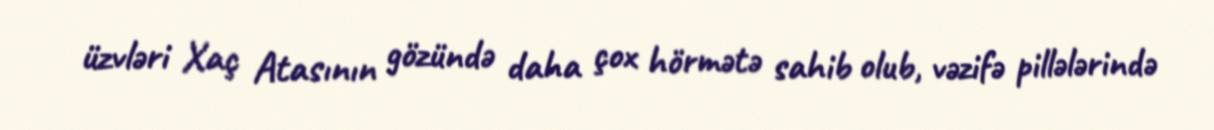
üzvləri Xaç Atasının gözündə daha çox hörmətə sahib olub, vəzifə pillələrində